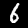
Label: 6